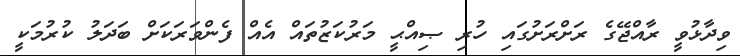
ވިދާޅުވީ ރާއްޖޭގެ ރަށްރަށުގައި ހުރި ޞިއްޙީ މަރުކަޒުތައް އެއް ފެންވަރަކަށް ބަދަލު ކުރުމަކީ